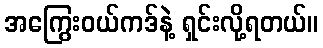
အကြွေးဝယ်ကဒ်နဲ့ ရှင်းလို့ရတယ်။